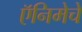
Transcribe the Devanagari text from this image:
ऍनिमेचे